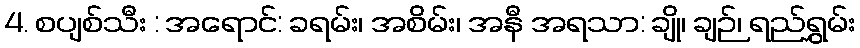
4. စပျစ်သီး : အရောင်: ခရမ်း၊ အစိမ်း၊ အနီ အရသာ: ချို၊ ချဉ်၊ ရည်ရွှမ်း